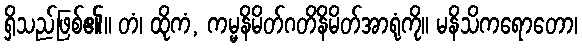
ရှိသည်ဖြစ်၏။ တံ၊ ထိုကံ, ကမ္မနိမိတ်ဂတိနိမိတ်အာရုံကို။ မနိသိကရောတော၊